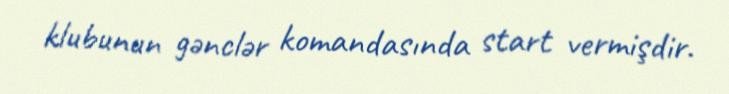
klubunun gənclər komandasında start vermişdir.